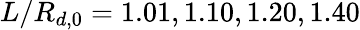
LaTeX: L/R_{d,0}=1.01,1.10,1.20,1.40